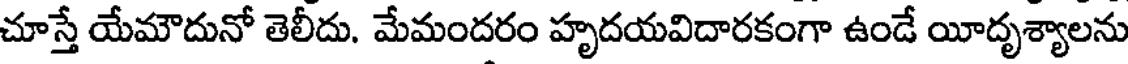
చూస్తే యేమౌదునో తెలీదు. మేమందరం హృదయవిదారకంగా ఉండే యీదృశ్యాలను